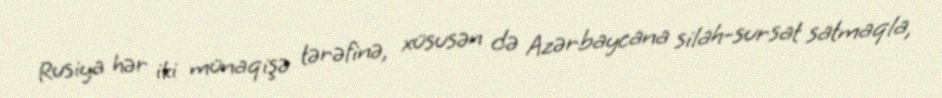
Rusiya hər iki münaqişə tərəfinə, xüsusən də Azərbaycana silah-sursat satmaqla,